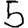
Digit: 5